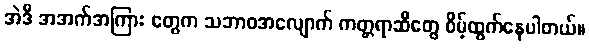
အဲဒီ အအက်အကြား တွေက သဘာဝအလျောက် ကတ္တရာဆီတွေ စိမ့်ထွက်နေပါတယ်။